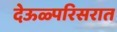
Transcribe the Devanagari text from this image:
देऊळ्परिसरात